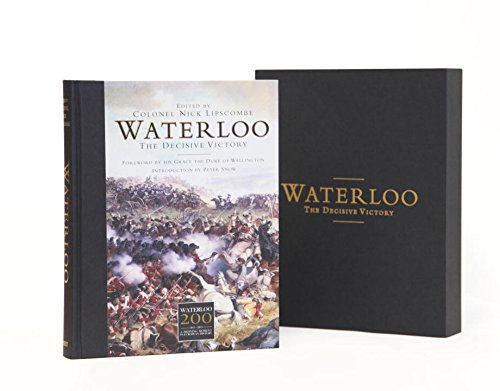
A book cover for Waterloo: The Decisive Victory (General Military); Nick Lipscombe; History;